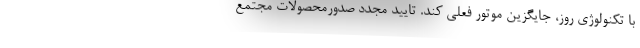
با تکنولوژی روز، جايگزين موتور فعلي کند. تایيد مجدد صدورمحصولات مجتمع